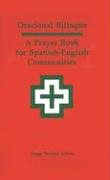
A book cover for Oracional bilingÃ¼e: A Prayer Book for Spanish-English Communities (English and Spanish Edition); Religion & Spirituality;